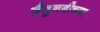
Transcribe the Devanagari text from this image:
जैतुनबीच्या